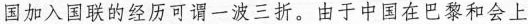
国加入国联的经历可谓一波三折。由于中国在巴黎和会上